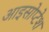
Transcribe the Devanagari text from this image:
आइसोप्टेश